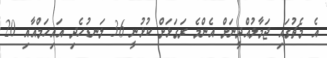
އެ މެޗުގައި ޖަމާލުއްދީނަށް އެންމެ ރަގަޅަށް ކުޅުނީ 36 ލަނޑުހެދި އައިހަމްއާއި 20